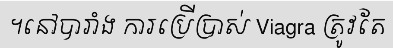
។នៅបារាំង ការប្រើប្រាស់ Viagra ត្រូវតែ